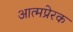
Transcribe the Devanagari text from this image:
आत्मप्रेरक